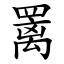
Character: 䍠